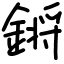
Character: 𨪙